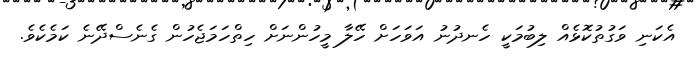
އެކަނި ވަގުތުކޮޅެއް ލިބުމަކީ ހެނދުނު އަވަހަށް ހޭލާ މީހުންނަށް ހިތްހަމަޖެހުން ގެނެސްދޭނެ ކަމެކެވެ.